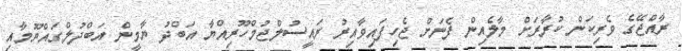
ރާއްޖޭގެ ވެރިކަން ކުރާރަށް މާލެއިން ފެނަށް ޖެހިފައިވާއިރު ރައީސުލްޖުމްހޫރިއްޔާ އަބްދު ޔާމީން އަބްދުލްގައްޔޫމާއި